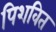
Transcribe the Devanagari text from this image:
पिशवित